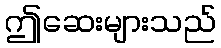
ဤဆေးများသည်